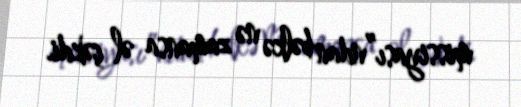
missiyası”ndan bəlkə nə zamansa əl çəkdi.